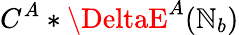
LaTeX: C^{A}*\DeltaE^{A}(\mathbb{N}_{b})